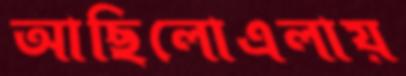
আছিলোএলায়